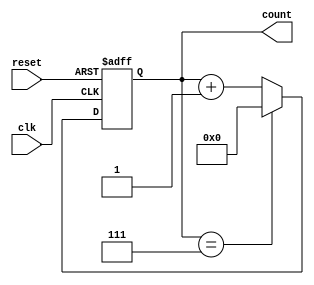
module mod_n_async_counter #(parameter N = 8) (
    input wire clk,          // Clock input
    input wire reset,        // Asynchronous reset
    output reg [N-1:0] count // Counter output
);

    // Ensure N is a power of 2 for this implementation
    initial begin
        if (N <= 0 || (N & (N - 1)) != 0) begin
            $error("N must be a positive power of 2.");
            $finish;
        end
    end

    // Asynchronous reset and counting logic
    always @(posedge clk or posedge reset) begin
        if (reset) begin
            count <= 0; // Reset the counter to 0
        end else begin
            if (count == N-1) begin
                count <= 0; // Roll over to 0
            end else begin
                count <= count + 1; // Increment the counter
            end
        end
    end

endmodule